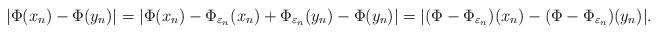
LaTeX: \begin{align*}|\Phi(x_n)-\Phi(y_n)|=|\Phi(x_n)-\Phi_{\varepsilon_n}(x_n)+\Phi_{\varepsilon_n}(y_n)-\Phi(y_n)|=|(\Phi-\Phi_{\varepsilon_n})(x_n)-(\Phi-\Phi_{\varepsilon_n})(y_n)|.\end{align*}